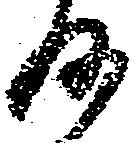
何